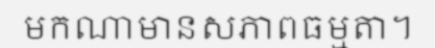
មកណាមានសភាពធម្មតា។